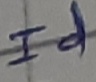
Text: Id